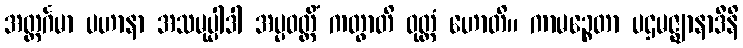
အတ္ထင်္ဂမာ ပဟာနာ အသမုပ္ပါဒါ အပ္ပဝတ္တိံ ကတွာတိ ဝုတ္တံ ဟောတိ။ ကာမဉ္စေတာ ပဌမဇ္ဈာနာဒီနိ